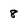
Character: 8